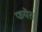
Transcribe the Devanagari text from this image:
फयेत